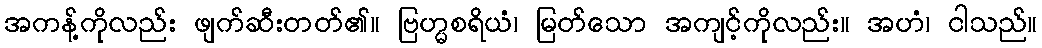
အကန့်ကိုလည်း ဖျက်ဆီးတတ်၏။ ဗြဟ္မစရိယံ၊ မြတ်သော အကျင့်ကိုလည်း။ အဟံ၊ ငါသည်။